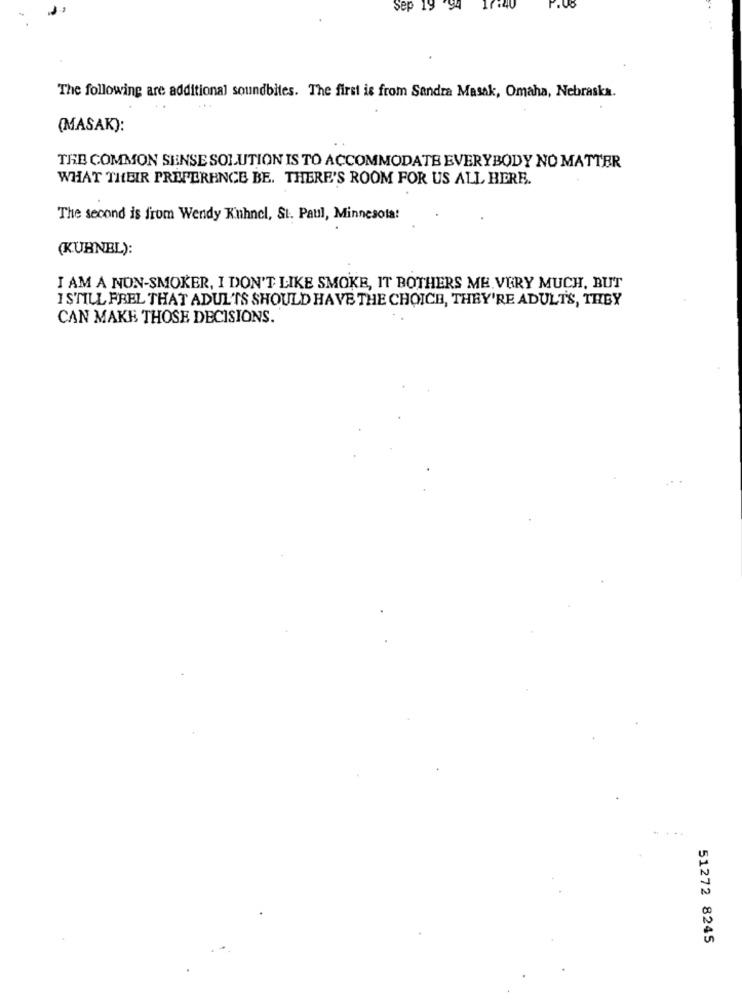
The following are additional soundbites. The first is from Sandra Masak, Omaha, Nebraska.
(MASAK):
THE COMMON SENSE SOLUTION IS TO ACCOMMODATE EVERYBODY NO MATTER
WHAT THEIR PREFERENCE BE. THERE'S ROOM FOR US ALL HERE.
The second is from Wendy Kuhnel, St. Paul, Minnesota!
(KUHNEL):
I AM A NON-SMOKER, I DON'T LIKE SMOKE, IT BOTHERS ME. VERY MUCH, BUT
I STILL FREL THAT ADUL'TS SHOULD HAVE THE CHOICE, THEY'RE ADULTS, THEY
CAN MAKE THOSE DECISIONS.
51272 8245